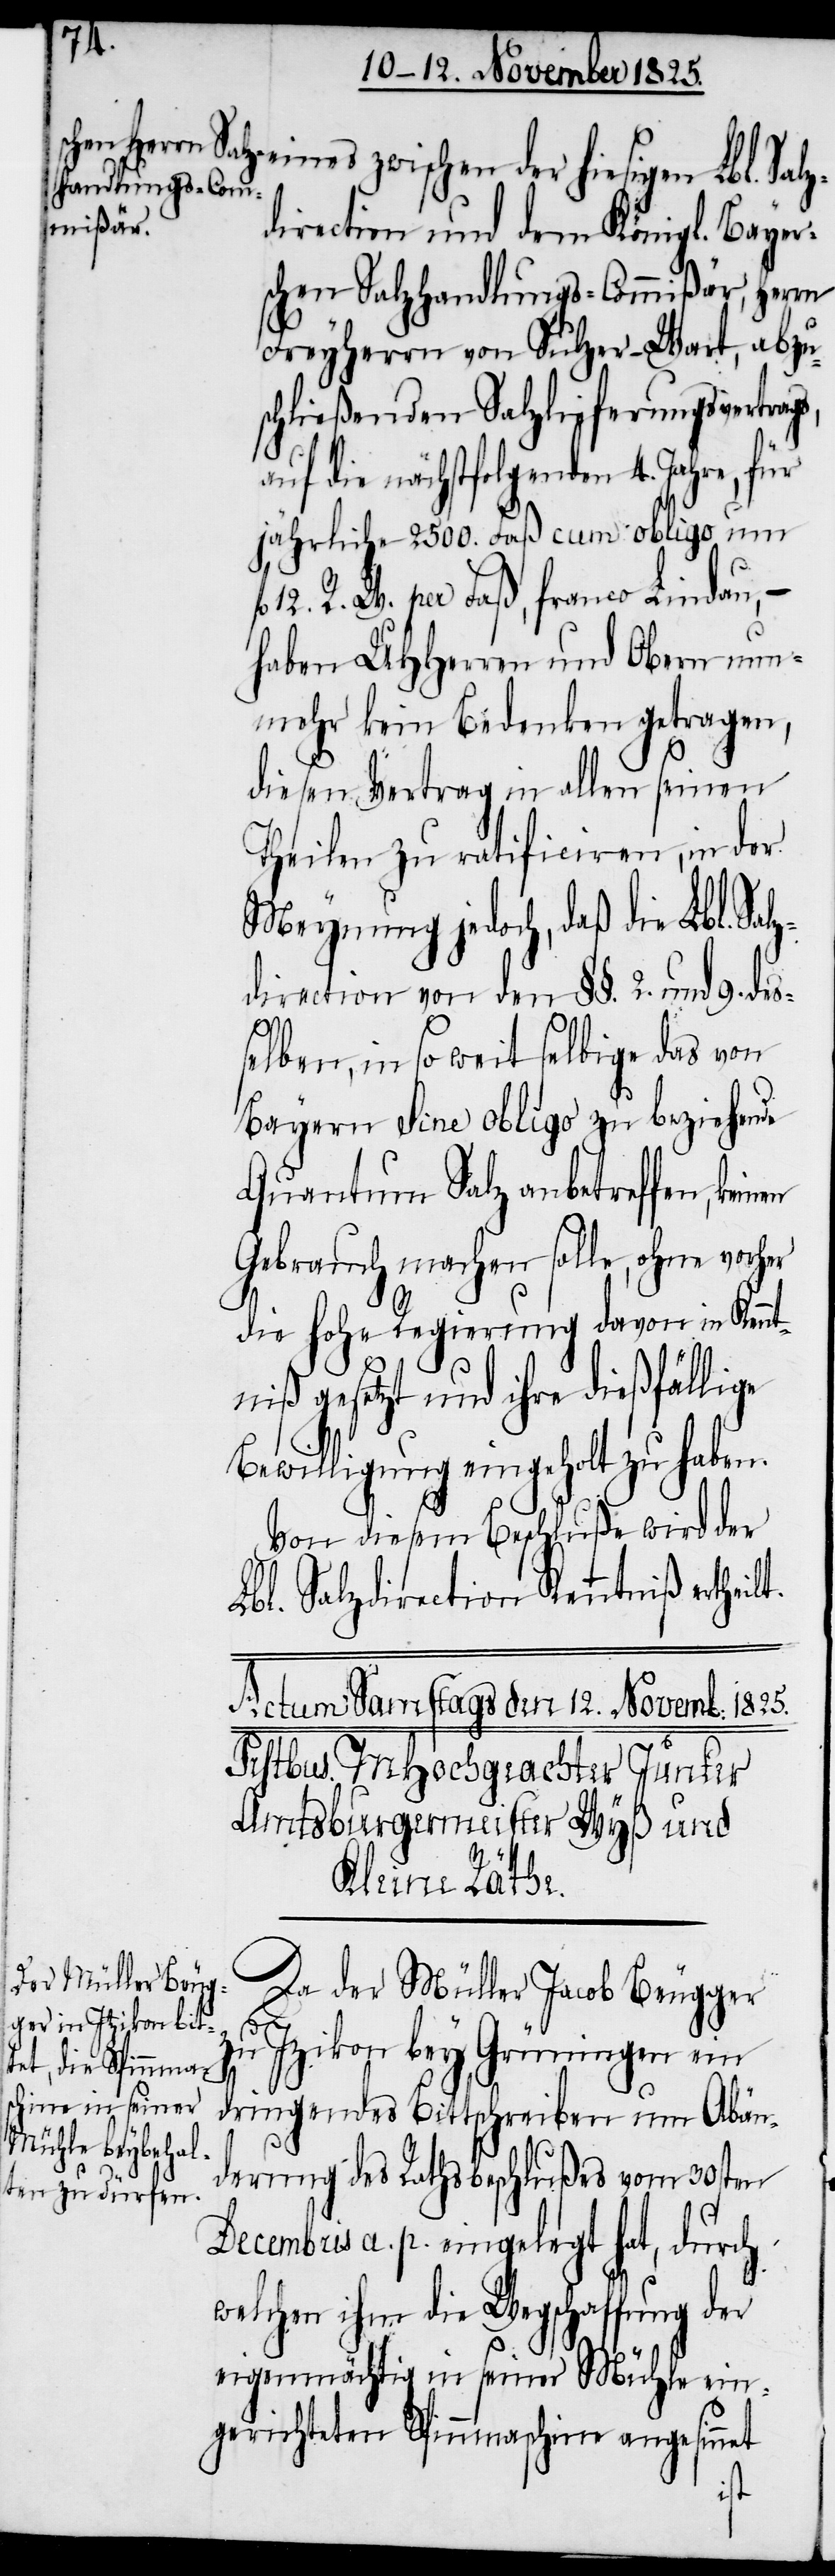
eines zwischen der hiesigen Lbl. Sal¬
zdirection und dem Königl. Bayer¬
schen Salzhandlungs-Commißär, Herrn
Freyherrn von Sulzer-Wart, abzu¬
schließenden Salzlieferungsvertrags,
auf die nächstfolgenden 4. Jahre, für
jährliche 2500. Faß cum obligo um
12. R. W. per Faß, franco Lindau, –
haben UHHerren und Obern nu¬
nmehr kein Bedenken getragen,
diesen Vertrag in allen seinen
Theilen zu ratificiren, in der
Meynung jedoch, daß die Lbl. Sal¬
zdirection von den §§. 2. und 9. des¬
selben, in so weit selbige das von
Bayern sine obligo zu beziehende
Quantum Salz anbetreffen,
Gebrauch machen solle, ohne
die hohe Regierung davon in Kennt¬
niß gesetzt und ihre dießfällige
Bewilligung eingeholt zu haben.
Von diesem Beschluße wird der
Lbl. Salzdirection Kenntniß ertheil¬
Da der Müller Jacob Beugger
zu Izikon bey Grüningen ein
dringendes Bittschreiben um Abän¬
derung des Rathsbeschlußes vom 30sten
Decembris a. p. eingelegt hat, durch
welchen ihm die Wegschaffung der
eigenmächtig in seiner Mühle ein¬
gerichteten Spinnmaschine angesinnet
t.